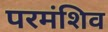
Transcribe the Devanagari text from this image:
परमंशिव